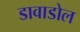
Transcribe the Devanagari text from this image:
डावाडोल